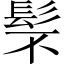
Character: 䯱